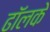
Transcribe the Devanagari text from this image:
ढॉलके